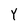
Character: Y